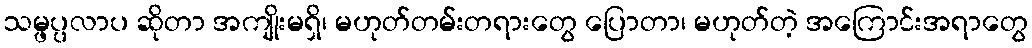
သမ္ဖပ္ပလာပ ဆိုတာ အကျိုးမရှိ၊ မဟုတ်တမ်းတရားတွေ ပြောတာ၊ မဟုတ်တဲ့ အကြောင်းအရာတွေ